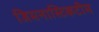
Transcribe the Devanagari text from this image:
जिमनास्टिकटीम